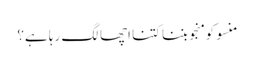
منسو کو منجو بننا کتنا اچھا لگ رہا ہے؟